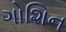
ગોશિન